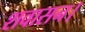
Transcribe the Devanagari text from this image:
शवासन।